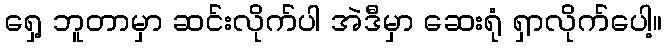
ရှေ့ ဘူတာမှာ ဆင်းလိုက်ပါ အဲဒီမှာ ဆေးရုံ ရှာလိုက်ပေါ့။